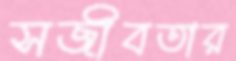
সজীবতার